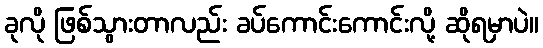
ခုလို ဖြစ်သွားတာလည်း ခပ်ကောင်းကောင်းလို့ ဆိုရမှာပဲ။